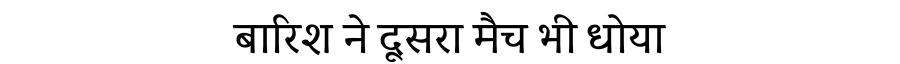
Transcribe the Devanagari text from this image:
बारिश ने दूसरा मैच भी धोया